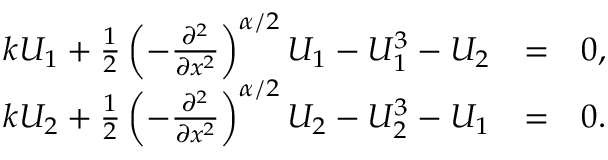
\begin{array} { r l r } { k U _ { 1 } + \frac { 1 } { 2 } \left( - \frac { \partial ^ { 2 } } { \partial x ^ { 2 } } \right) ^ { \alpha / 2 } U _ { 1 } - U _ { 1 } ^ { 3 } - U _ { 2 } } & { = } & { 0 , } \\ { k U _ { 2 } + \frac { 1 } { 2 } \left( - \frac { \partial ^ { 2 } } { \partial x ^ { 2 } } \right) ^ { \alpha / 2 } U _ { 2 } - U _ { 2 } ^ { 3 } - U _ { 1 } } & { = } & { 0 . } \end{array}